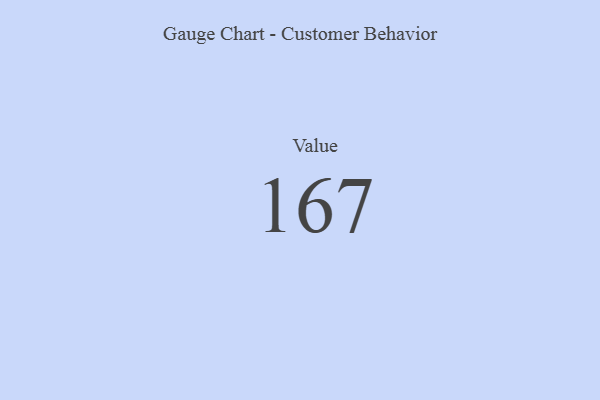
{"axis": {"x": "Metric", "y": "Value"}, "legend": [""], "data": [{"x": "Value", "y": 167, "type": ""}]}